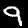
Label: 9